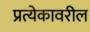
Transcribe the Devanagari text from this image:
प्रत्येकावरील